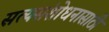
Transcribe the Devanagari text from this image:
सत्यसंशोधनासाठी